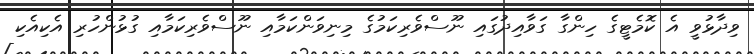
ވިދާޅުވީ އެ ކޮމެޓީގެ ހިންގާ ގަވާއިދުގައި ނޫސްވެރިކަމުގެ މިނިވަންކަމާއި ނޫސްވެރިކަމާއި ގުޅުންހުރި އެކިއެކި